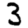
Digit: 3